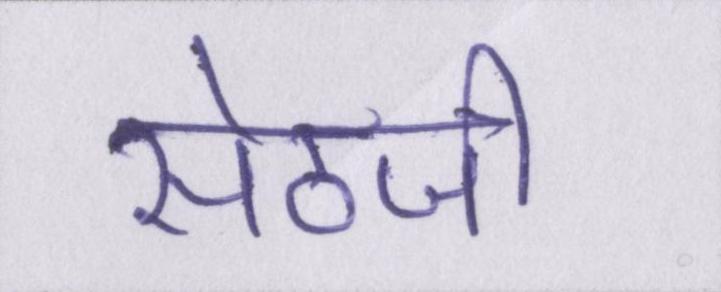
सेठजी